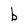
Character: b